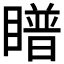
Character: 𪾿